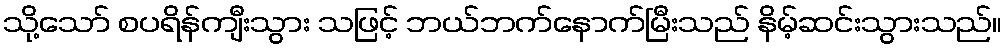
သို့သော် စပရိန်ကျီးသွား သဖြင့် ဘယ်ဘက်နောက်မြီးသည် နိမ့်ဆင်းသွားသည်။